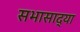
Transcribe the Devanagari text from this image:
सभासाद्या